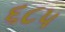
૬૮૫